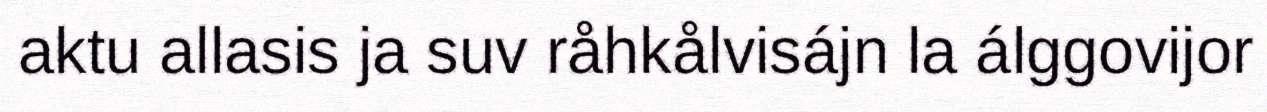
aktu allasis ja suv råhkålvisájn la álggovijor